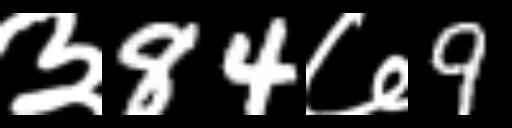
Text: ३84७9